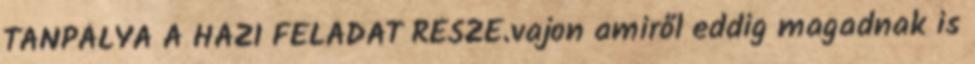
TANPÁLYA A HÁZI FELADAT RÉSZE.vajon amiről eddig magadnak is